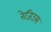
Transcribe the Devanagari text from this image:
रेजिउस